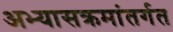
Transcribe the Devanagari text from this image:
अभ्यासक्रमांतर्गत